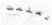
تعلمت